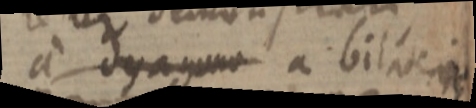
a dyagona a bila